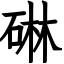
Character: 碄